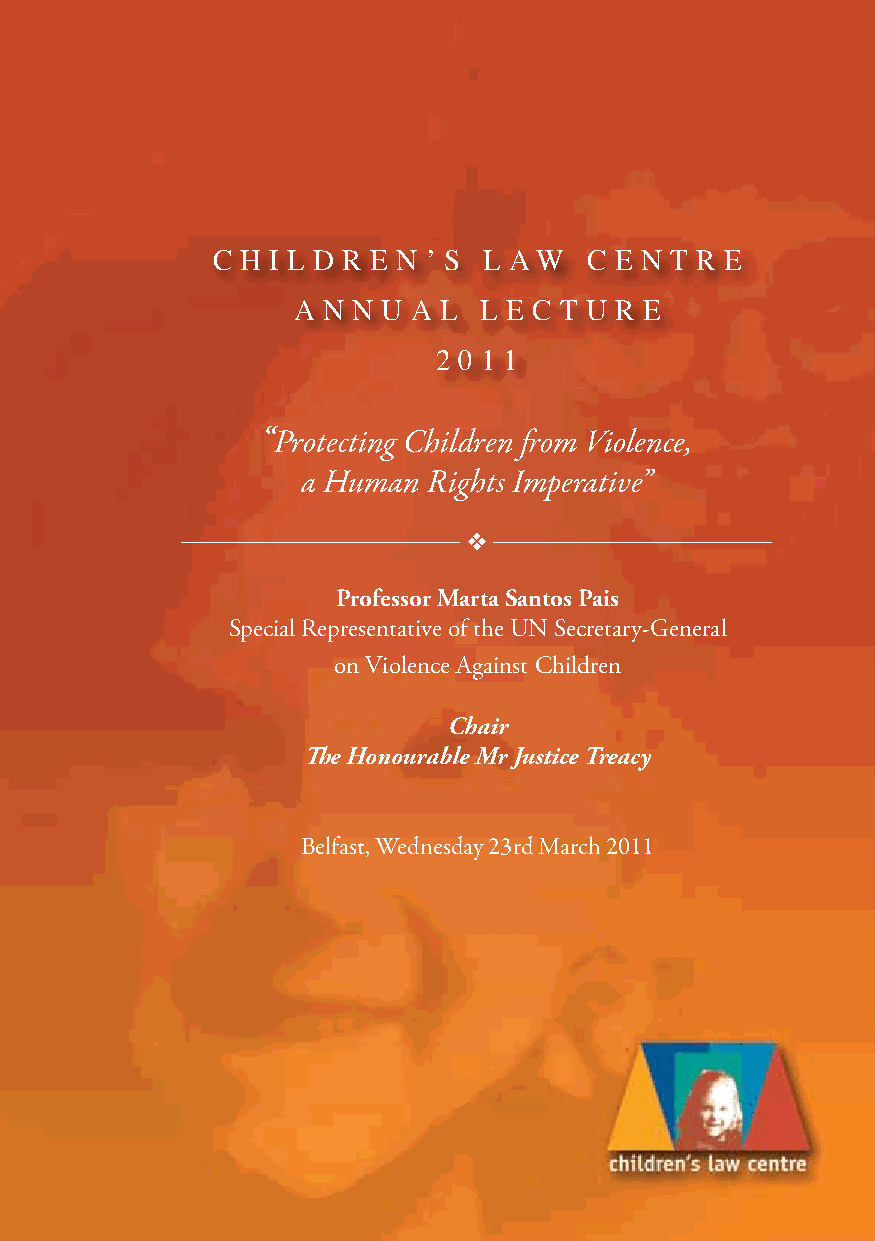
c h i l d r e n ’ s l aw c e n t r e
 a n n u a l  l e c t u r e
 2 0 1 1
 “Protecting Children from Violence,
 a Human Rights Imperative”
 v
 Professor Marta Santos Pais
 Special Representative of the UN Secretary-General
 on Violence Against Children
 Chair
 The Honourable Mr Justice Treacy
 Belfast, Wednesday 23rd March 2011